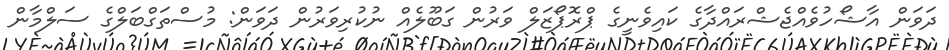
ދަވަން އާޝޯހުވެއްޖެޝްރައްދާގެ ކައިވެނީގެ ޕްރޮޕޯޒަލް ވަރުން ގަބޫލެއް ނުކުރިވަރުން ދަވަން: މުސްތަގްބަލްގެ ސަލްމާން